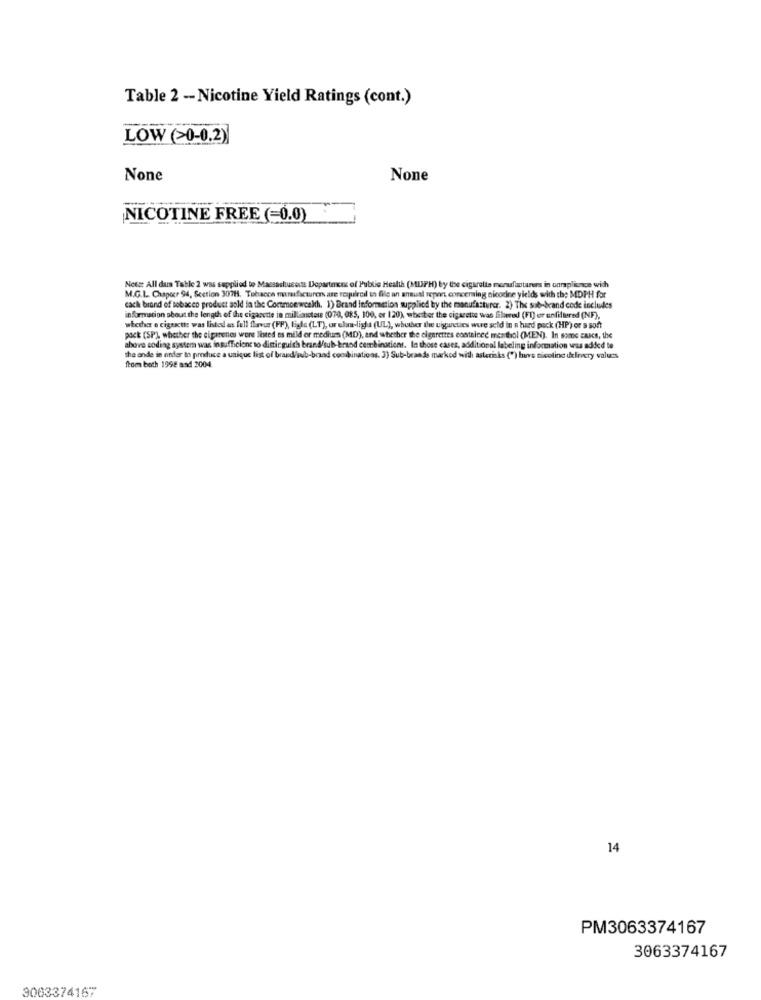
Table 2 - Nicotine Yield Ratings (cont.)
LOW (>0-0.2)
NICOTINE FREE (=0.0)
Netst All data Table 2 was supplied to Massachusetts Dopartners of Public Health (MDPH) by the cigarette manufacturers in corsplionce with
M.G.L. Chapoer 94, Section 307H. Tobacco manufacturers are requireil un file an annual report concerning nicocine yields with the MDPH for
cach brand of tobacco product sold in the Commonwealth. 1) Brand Information supplied by the manufacturer. 2) The sub-brand code includes
information about the length of the cigarette in millimeters (070, 085, 100, or 120), whether the cigarette was filtered (FI) or unfiltered (NF),
whether e cignactt: was listed as full flavus (FF), figle (LT), or elm-light (UL), whether the uigurcuies were sold in a hard pack (HP) or a soft
pack (SP), whether the ciparentes were listed es mild or medium (MD), and whether the cigarettes contained menthol (MEN). In some cases, the
above coding systern was insufficient to distinguish brand/sub-brand combinations. In those cases, additional labeling information was added to
the ende in order to produce a unique list of brand/pub-brand combinations. 3) Sub-brande marked with asteriks (") havs nicoline delivery values
from both 1998 and 2004
14
PM3063374167
3063374167
3003374167